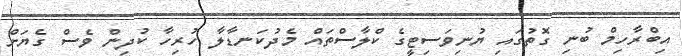
އިބްރާހިމް ބުނި ގޮތުގައި ޔުނިވަސިޓީގެ ކްލާސްތައް މެދުކަނޑާލާ ހުރިހާ ކުދިން ވެސް ގެޔަށް